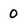
Character: 0